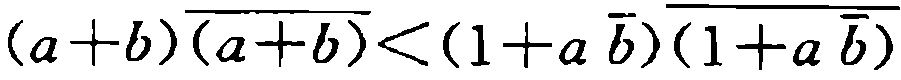
\((a + b)\overline{(a + b)} < (1 + a\overline{b})\overline{(1 + a\overline{b})}\)